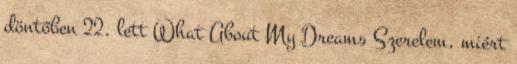
döntőben 22. lett What About My Dreams Szerelem, miért